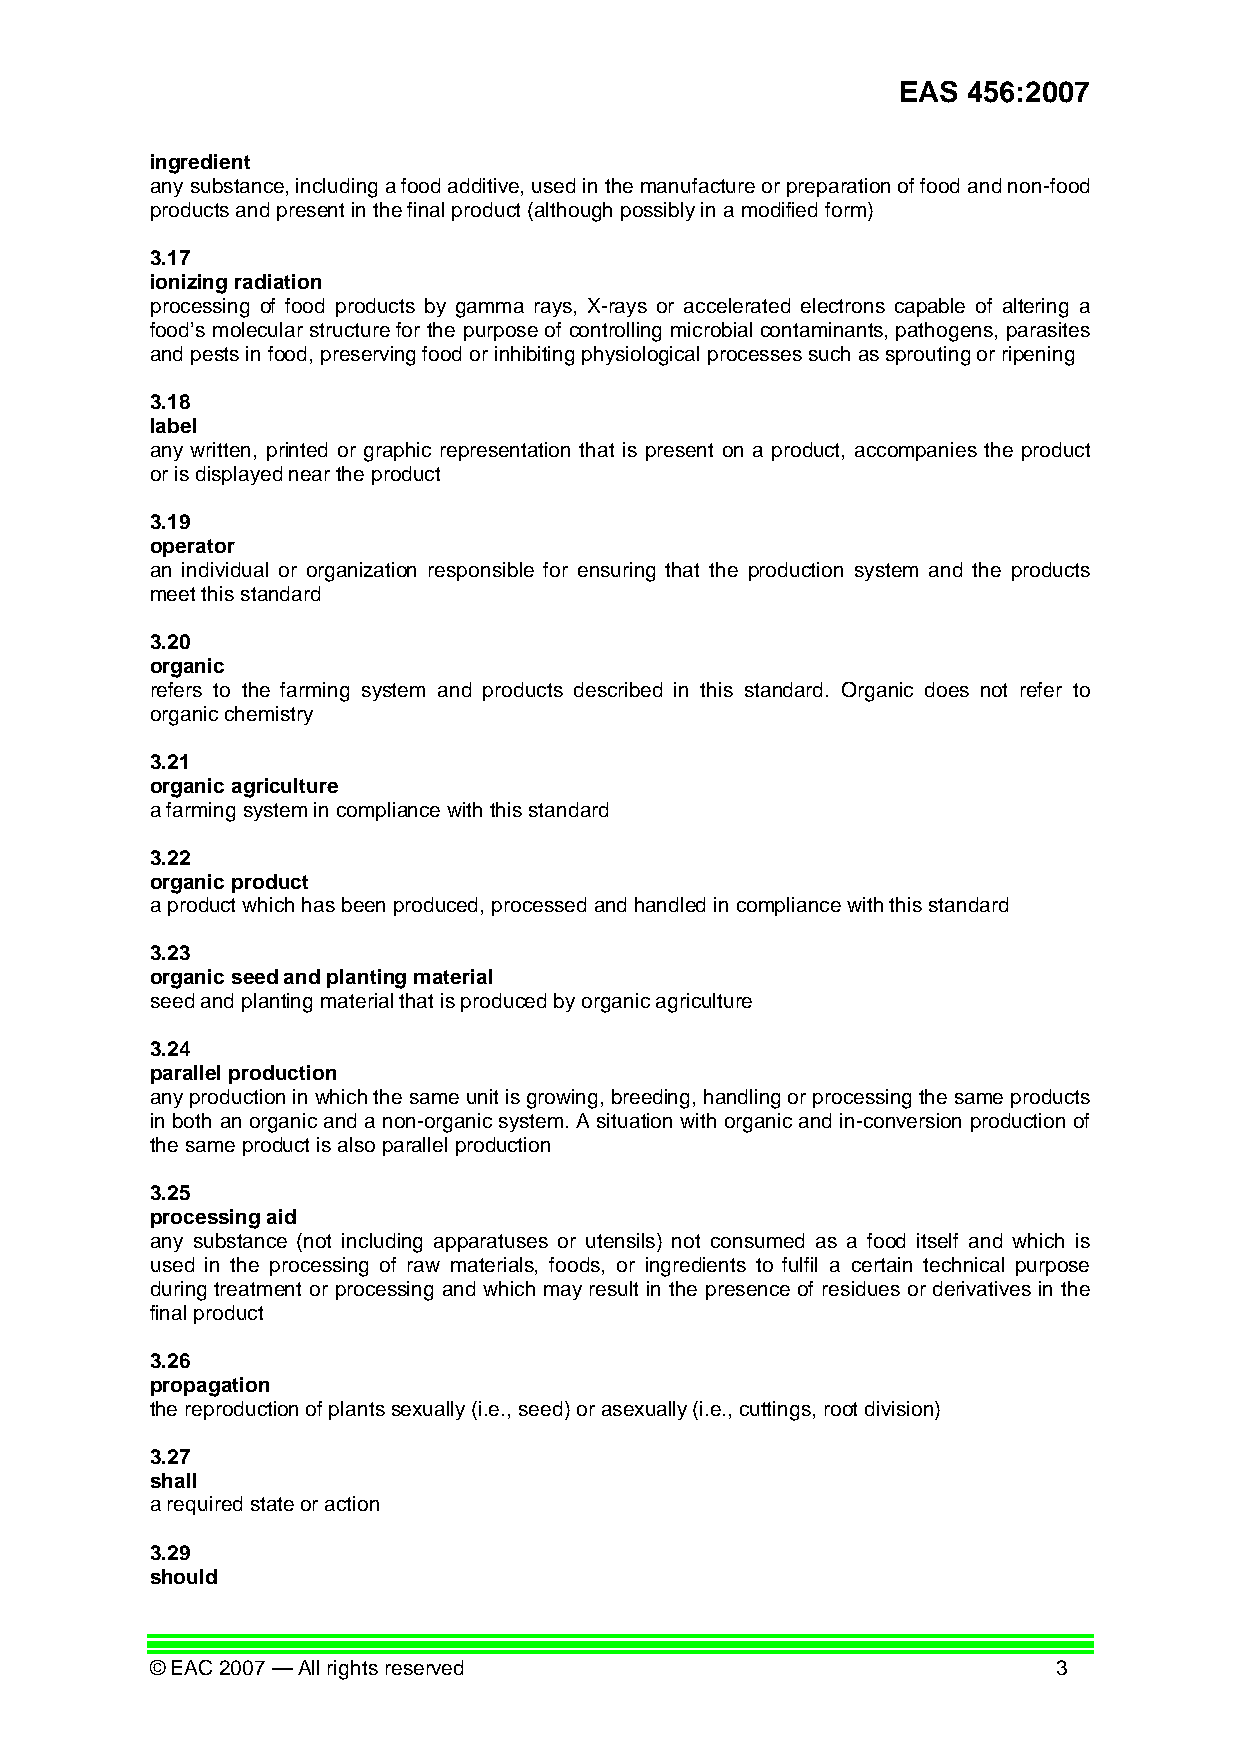
EAS  456:2007
 ingredient
 any substance, including a food additive, used in the manufacture or preparation of food and non-food
 products and present in the final product (although possibly in a modified form)
 3.17
 ionizing radiation
 processing of food products by gamma rays, X-rays or accelerated electrons capable of altering a
 food’s molecular structure for the purpose of controlling microbial contaminants, pathogens, parasites
 and pests in food, preserving food or inhibiting physiological processes such as sprouting or ripening
 3.18
 label
 any written, printed or graphic representation that is present on a product, accompanies the product
 or is displayed near the product
 3.19
 operator
 an individual or organization responsible for ensuring that the production system and the products
 meet this standard
 3.20
 organic
 refers to the farming system and products described in this standard. Organic does not refer to
 organic chemistry
 3.21
 organic agriculture
 a farming system in compliance with this standard
 3.22
 organic product
 a product which has been produced, processed and handled in compliance with this standard
 3.23
 organic seed and planting material
 seed and planting material that is produced by organic agriculture
 3.24
 parallel production
 any production in which the same unit is growing, breeding, handling or processing the same products
 in both an organic and a non-organic system. A situation with organic and in-conversion production of
 the same product is also parallel production
 3.25
 processing aid
 any substance (not including apparatuses or utensils) not consumed as a food itself and which is
 used in the processing of raw materials, foods, or ingredients to fulfil a certain technical purpose
 during treatment or processing and which may result in the presence of residues or derivatives in the
 final product
 3.26
 propagation
 the reproduction of plants sexually (i.e., seed) or asexually (i.e., cuttings, root division)
 3.27
 shall
 a required state or action
 3.29
 should
 © EAC 2007 — All rights reserved                            3